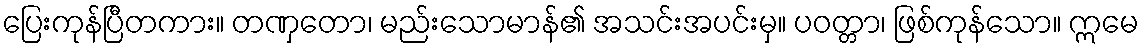
ပြေးကုန်ပြီတကား။ တဏှတော၊ မည်းသောမာန်၏ အသင်းအပင်းမှ။ ပဝတ္တာ၊ ဖြစ်ကုန်သော။ ဣမေ